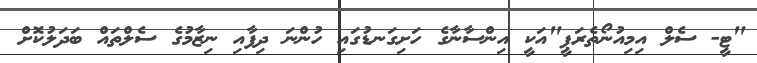
"ޓީ- ސެލް އިމިއުނޯތެރަޕީ"އަކީ އިންސާނާގެ ހަށިގަނޑުގައި ހުންނަ ދިފާއި ނިޒާމުގެ ސެލްތައް ބަދަލުކޮށް